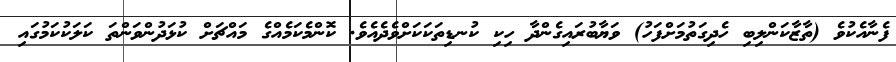
ފެނާއެކުވެ (ތާޒާކަންލިބި ހެދިގަތުމަށްފަހު) ވަޔާބުރައިގެންދާ ހިކި ކުނޑިތަކަކަށްވެދެއެވެ. ކޮންމެކަމެއްގެ މައްޗަށް ކުޅަދުންވަންތަ ކަލަކުކަމުގައި